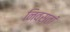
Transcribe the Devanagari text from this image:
निवसतां